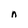
Character: n